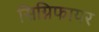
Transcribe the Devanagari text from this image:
सिग्निफायर